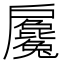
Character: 𢩢